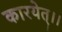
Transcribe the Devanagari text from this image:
कारयेत्।।